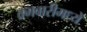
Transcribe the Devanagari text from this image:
क्र्मवारीमध्ये